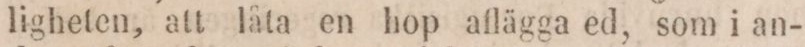
ligheten, att låta en hop aflägga ed, som i an-